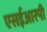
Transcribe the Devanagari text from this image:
एसईआरपी